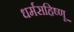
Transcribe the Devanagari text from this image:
धर्मसहिष्णू